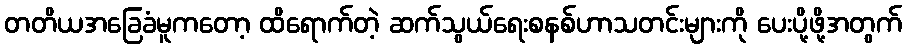
တတိယအခြေခံမူကတော့ ထိရောက်တဲ့ ဆက်သွယ်ရေးစနစ်ဟာသတင်းများကို ပေးပို့ဖို့အတွက်